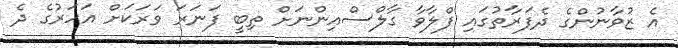
އެ ޒުވާނުންގެ ދެފަރާތުގައި ފްލާވާ ގާލްސްއިންނަށް ތިބީ ފަނަރަ ވަރަކަށް އަހަރުގެ ދެ